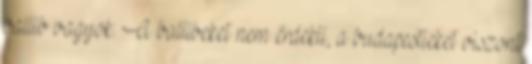
ballib vagyok: A ballibeket nem érdekli, a budapestieket viszont